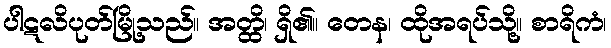
ပါဋလိပုတ်မြို့သည်။ အတ္ထိ၊ ရှိ၏။ တေန၊ ထိုအရပ်သို့။ စာရိကံ၊